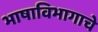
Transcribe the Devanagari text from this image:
भाषाविभागाचे